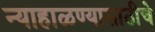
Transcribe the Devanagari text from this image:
न्याहाळण्यासाठीचे